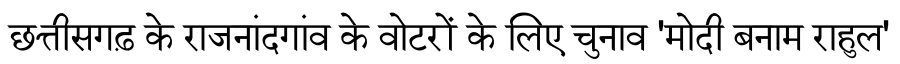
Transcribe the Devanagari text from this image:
छत्तीसगढ़ के राजनांदगांव के वोटरों के लिए चुनाव 'मोदी बनाम राहुल'